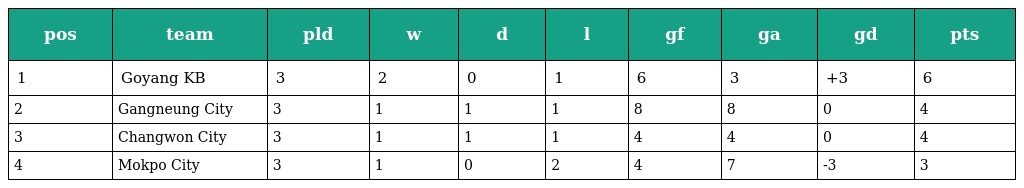
| pos | team | pld | w | d | l | gf | ga | gd | pts |
 | --- | --- | --- | --- | --- | --- | --- | --- | --- | --- |
 | 1 | Goyang KB | 3 | 2 | 0 | 1 | 6 | 3 | +3 | 6 |
 | 2 | Gangneung City | 3 | 1 | 1 | 1 | 8 | 8 | 0 | 4 |
 | 3 | Changwon City | 3 | 1 | 1 | 1 | 4 | 4 | 0 | 4 |
 | 4 | Mokpo City | 3 | 1 | 0 | 2 | 4 | 7 | -3 | 3 |